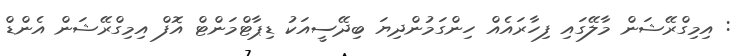
: އިމިގްރޭޝަން މާލޭގައި ފިހާރައެއް ހިންގަމުންދިޔަ ބިދޭސީއަކު ޑިޕާޓްމަންޓް އޮފް އިމިގްރޭޝަން އެންޑް